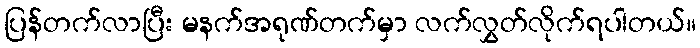
ပြန်တက်လာပြီး မနက်အရုဏ်တက်မှာ လက်လွှတ်လိုက်ရပါတယ်။